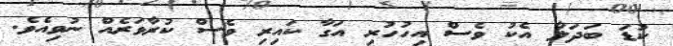
ކުޑަ ބަދަލާ އެކު ވެސް އިހުހުރި އަގާ ކައިރި ވެސް ކުރާވަރެއް ނުވިއެވެ.